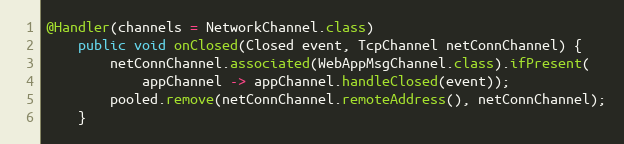
Language: Java
@Handler(channels = NetworkChannel.class)
    public void onClosed(Closed event, TcpChannel netConnChannel) {
        netConnChannel.associated(WebAppMsgChannel.class).ifPresent(
            appChannel -> appChannel.handleClosed(event));
        pooled.remove(netConnChannel.remoteAddress(), netConnChannel);
    }